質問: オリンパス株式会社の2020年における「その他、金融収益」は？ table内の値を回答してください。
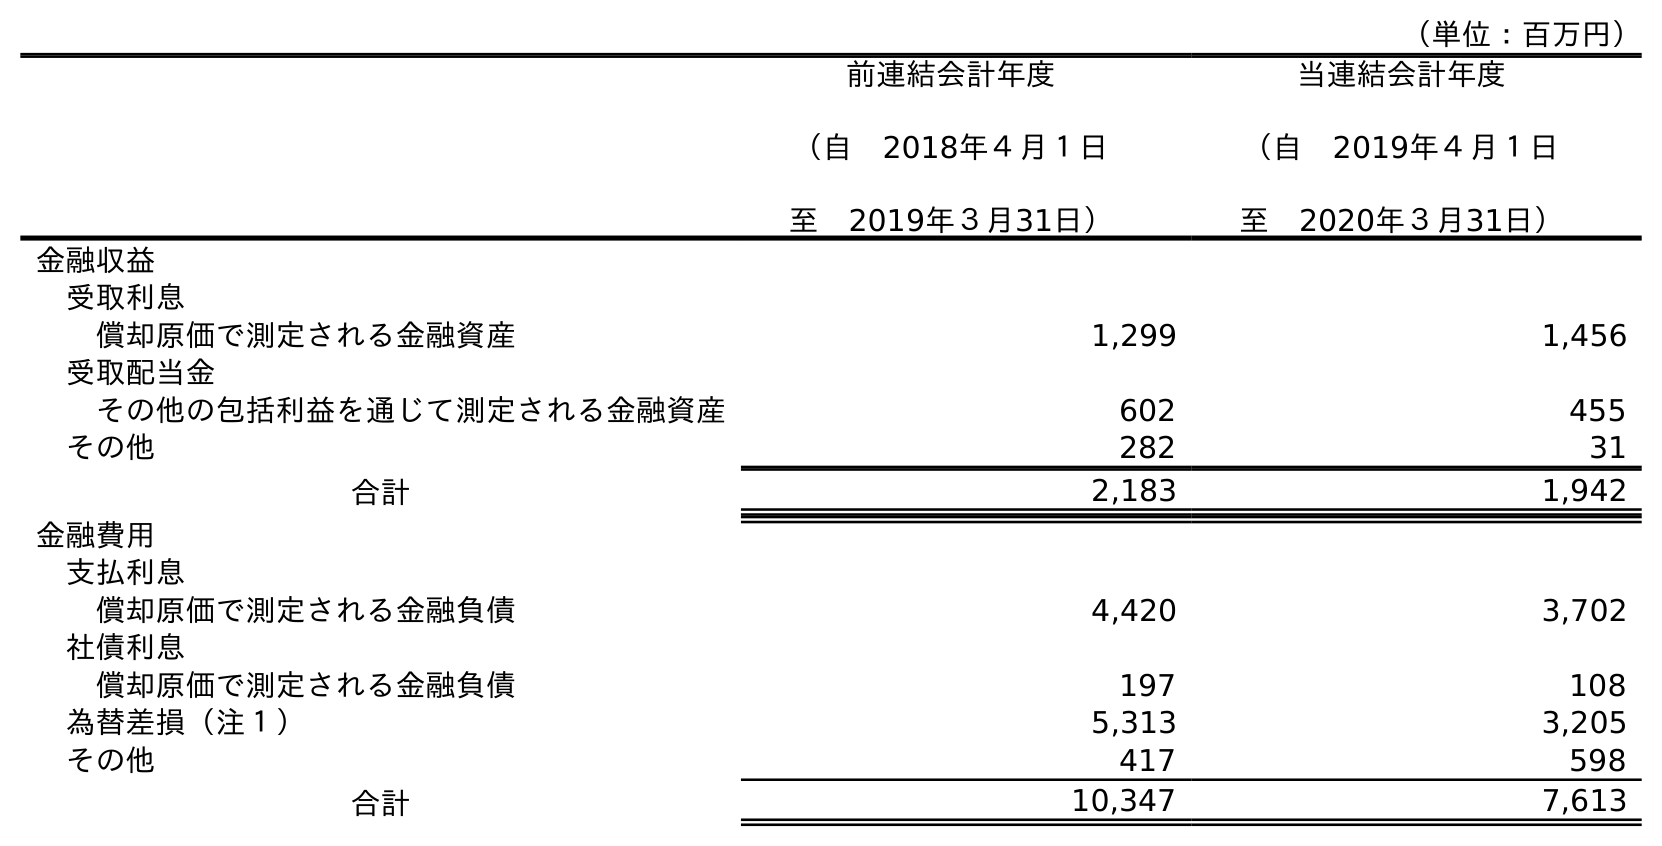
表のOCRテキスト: （単位：百万円） 前連結会計年度 （自 2018年４月１日 至 2019年３月31日） 当連結会計年度 （自 2019年４月１日 至 2020年３月31日） 金融収益 受取利息 償却原価で測定される金融資産 1,299 1,456 受取配当金 その他の包括利益を通じて測定される金融資産 602 455 その他 282 31 合計 2,183 1,942 金融費用 支払利息 償却原価で測定される金融負債 4,420 3,702 社債利息 償却原価で測定される金融負債 197 108 為替差損（注１） 5,313 3,205 その他 417 598 合計 10,347 7,613
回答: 31